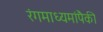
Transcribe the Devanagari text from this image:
रंगमाध्यमांपैकी